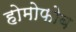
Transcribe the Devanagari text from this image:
होमोफोब